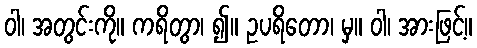
ဝါ၊ အတွင်းကို။ ကရိတွာ၊ ၍။ ဥပရိတော၊ မှ။ ဝါ၊ အားဖြင့်။